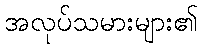
အလုပ်သမားများ၏